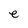
Character: e